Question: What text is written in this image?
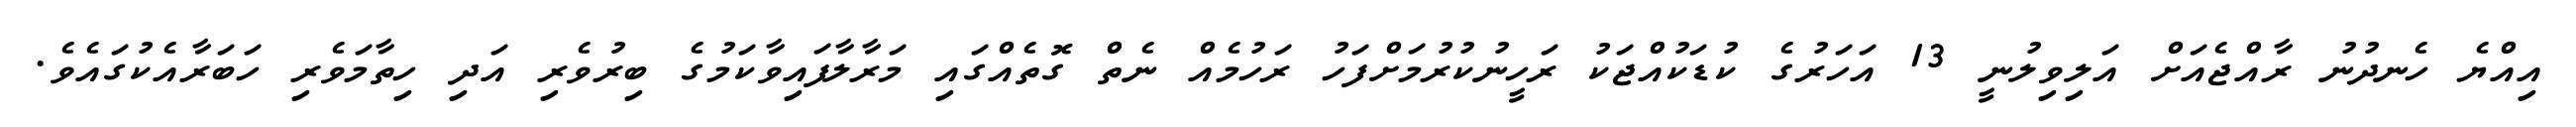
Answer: އިއްޔެ ހެނދުނު ރާއްޖެއަށް އަލިވިލުނީ 13 އަހަރުގެ ކުޑަކުއްޖަކު ރަހީނުކުރުމަށްފަހު ރަހުމެއް ނެތް ގޮތެއްގައި މަރާލާފައިވާކަމުގެ ބިރުވެރި އަދި ހިތާމަވެރި ހަބަރާއެކުގައެވެ.